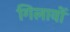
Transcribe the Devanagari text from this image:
गिलावों